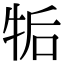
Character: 㸸